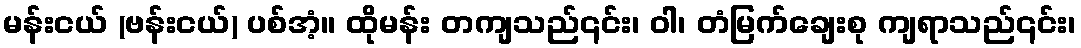
မန်းငယ် (ဗန်းငယ်) ပစ်အံ့။ ထိုမန်း တကျသည်၎င်း၊ ဝါ၊ တံမြက်ချေးစု ကျရာသည်၎င်း၊